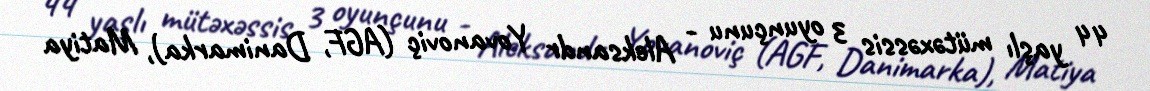
44 yaşlı mütəxəssis 3 oyunçunu - Aleksandr Yovanoviç (AGF, Danimarka), Matiya